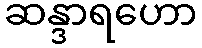
ဆန္ဒာရဟော